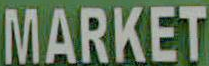
MARKET